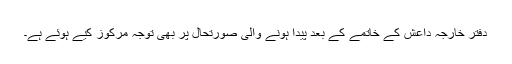
دفتر خارجہ داعش کے خاتمے کے بعد پیدا ہونے والی صورتحال پر بھی توجہ مرکوز کیے ہوئے ہے۔